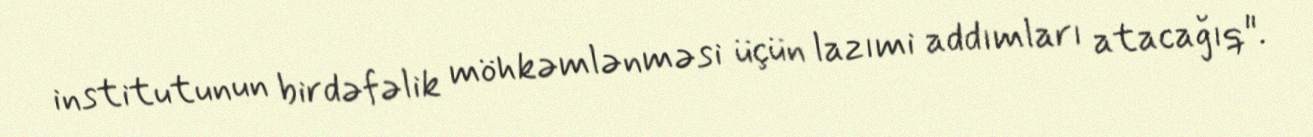
institutunun birdəfəlik möhkəmlənməsi üçün lazımi addımları atacağıq".